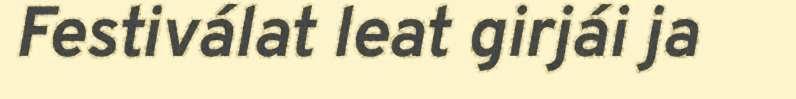
Festiválat leat girjái ja